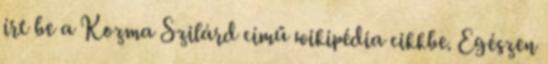
írt be a Kozma Szilárd című wikipédia cikkbe. Egészen